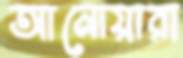
আনোয়ারা